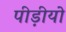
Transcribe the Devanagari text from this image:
पीड़ीयो